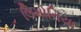
લિમોનિયા